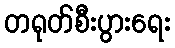
တရုတ်စီးပွားရေး